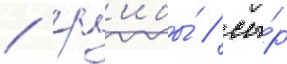
/ гр'ибы́ / сы́р